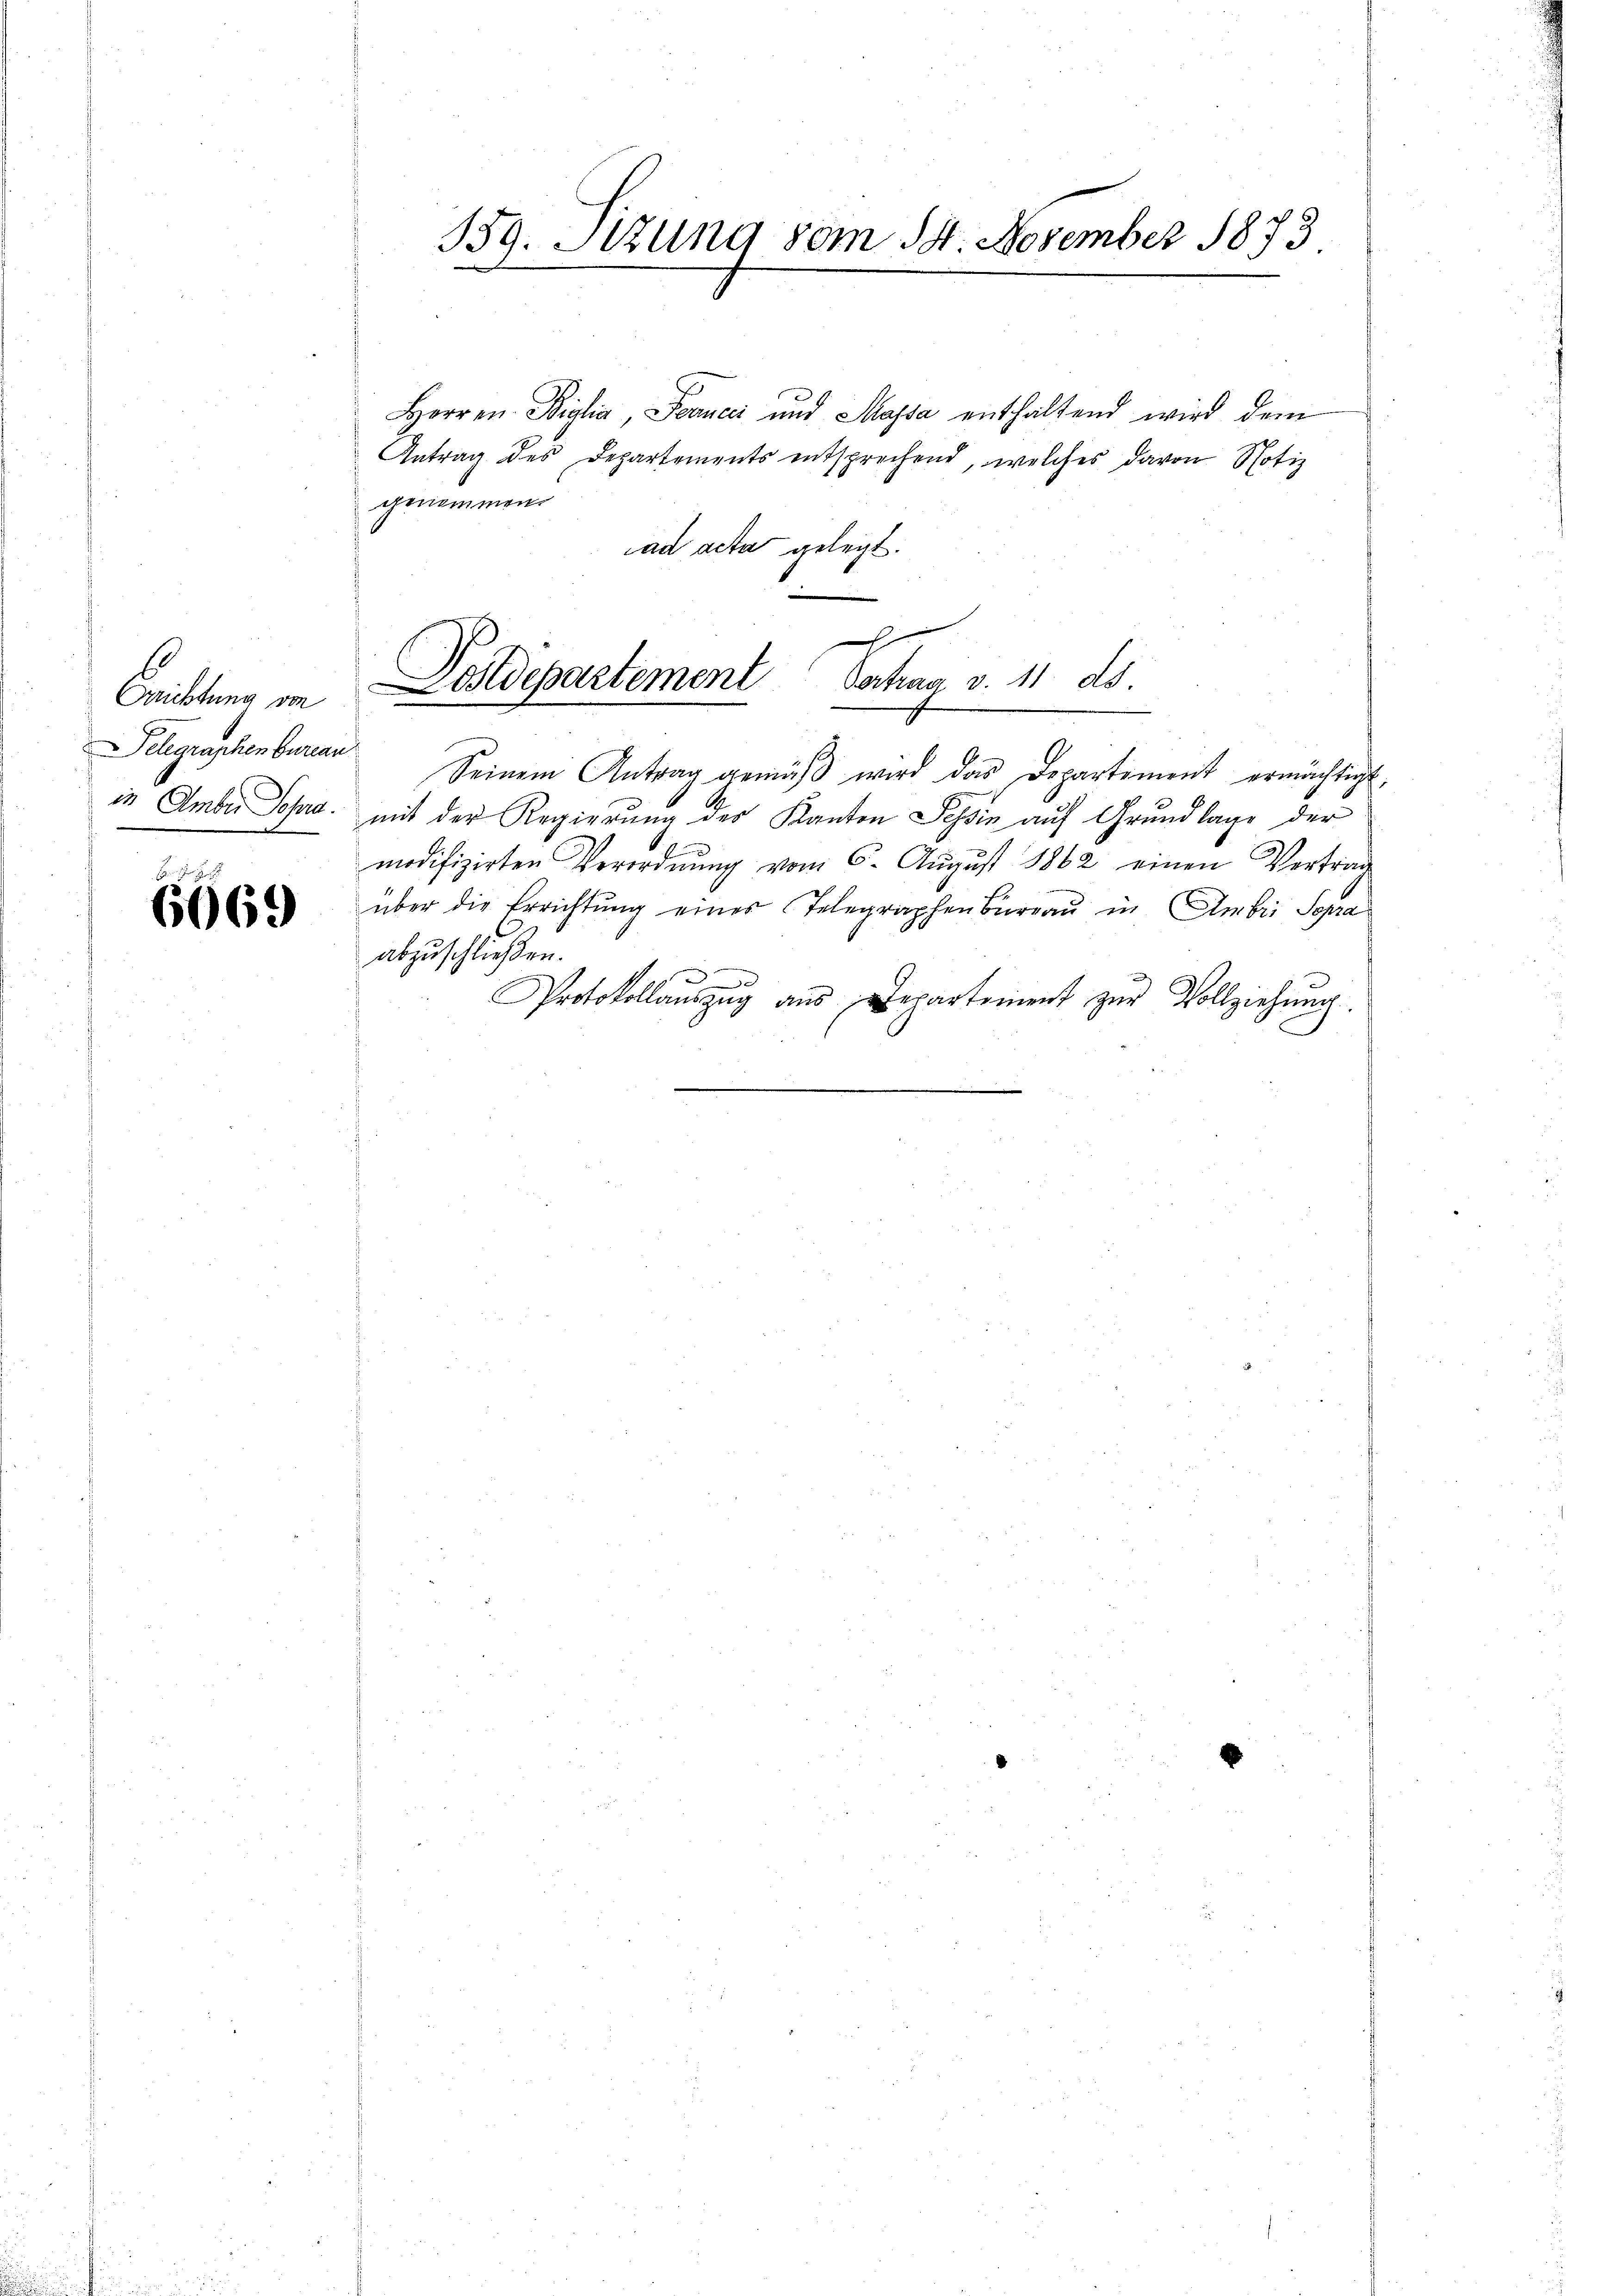
Fristung von
Delegraphenbureau
in Amber Sopra.

6669

139. Sitzung vom 14. November 1873.

Herren Biglia Joancci und Massa enthaltend wird dem
Antrag des Departements entsprechend, welches davon Notiz
genommen.
ad acta gelegt.
Seinem Antrag gemäβ wird das Departement ermächtigt
mit der Regierung des Kanton Tessin auf Grundlage der
modifizirten Verordnung vom 6. August 1862 einen Vertrag
über die Errichtung eines Telegraphenbureau in Ambri sopra
abzuschließen.
Protokollausung ans Departement zŭr Vollziehŭng
g

Postdepartement Vertrag v. 11. ds

s